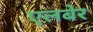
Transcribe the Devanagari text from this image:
एलबेर